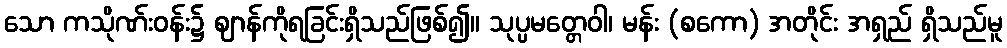
သော ကသိုဏ်းဝန်း၌ ဈာန်ကိုရခြင်းရှိသည်ဖြစ်၍။ သုပ္ပမတ္တေဝါ၊ မန်း (စကော) အတိုင်း အရှည် ရှိသည်မူ